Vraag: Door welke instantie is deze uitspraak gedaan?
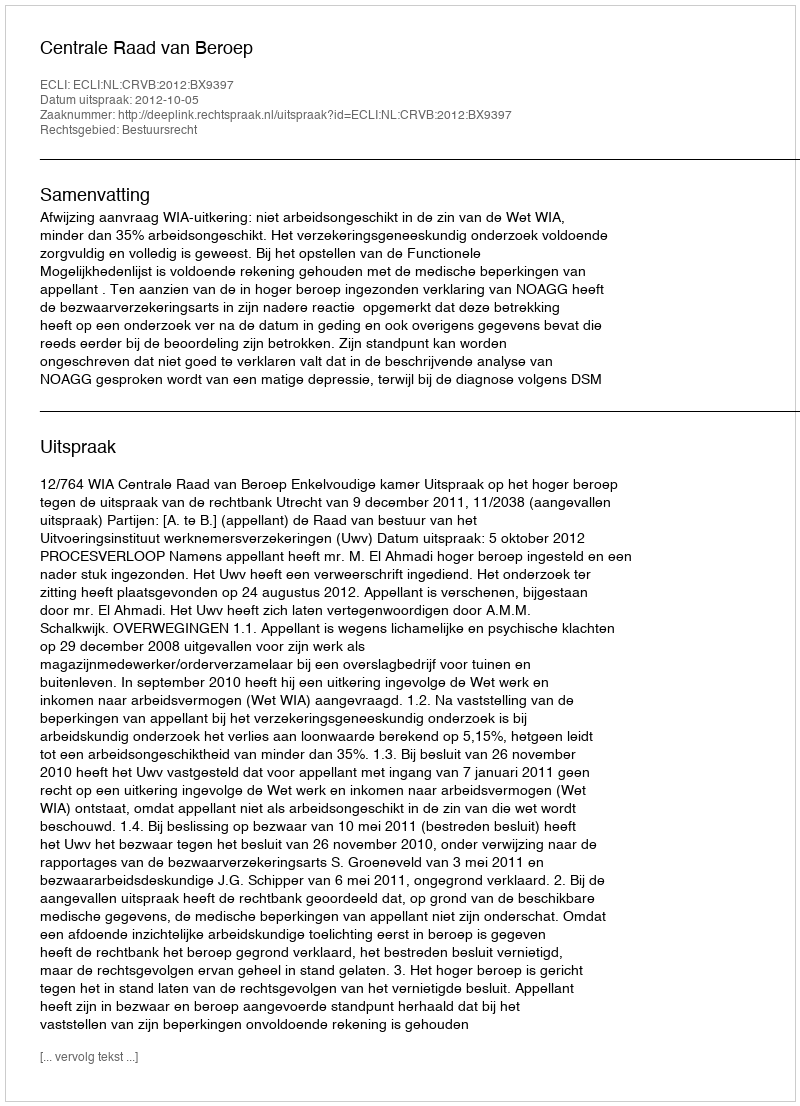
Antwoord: Centrale Raad van Beroep